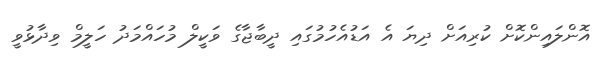
އޮންލައިންކޮށް ކުރިއަށް ދިޔަ އެ އަޑުއެހުމުގައި ދީބާޖާގެ ވަކީލް މުހައްމަދު ހަލީމް ވިދާޅުވީ